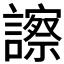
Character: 𧭂